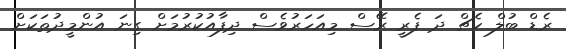
ރެޑް ބުލް ކެޗް ދަ ފެރީ ރޭސް މިއަހަރުވެސް ދިފާއުކުރުމަށް ގިނަ އުންމީދުތަކަށް